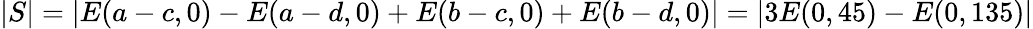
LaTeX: |S|=|E(a-c,0)-E(a-d,0)+E(b-c,0)+E(b-d,0)|=|3E(0,45)-E(0,135)|